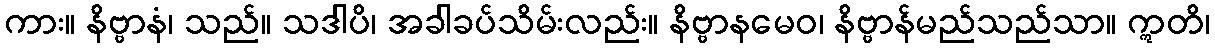
ကား။ နိဗ္ဗာနံ၊ သည်။ သဒါပိ၊ အခါခပ်သိမ်းလည်း။ နိဗ္ဗာနမေဝ၊ နိဗ္ဗာန်မည်သည်သာ။ ဣတိ၊